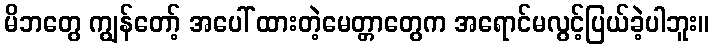
မိဘတွေ ကျွန်တော့် အပေါ် ထားတဲ့မေတ္တာတွေက အရောင်မလွင့်ပြယ်ခဲ့ပါဘူး။